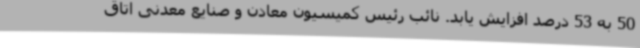
50 به 53 درصد افزایش یابد. نائب رئیس کمیسیون معادن و صنایع معدنی اتاق